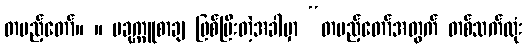
တပည့်တော်။ ။ ပခုက္ကူစာချ ဖြစ်ပြီးတဲ့အခါမှာ “တပည့်တော်အတွက် တစ်သက်လုံး